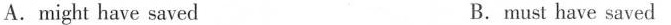
A.might have saved B.must have saved